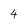
Character: 4